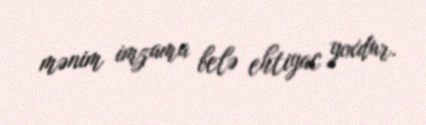
mənim imzama belə ehtiyac yoxdur.